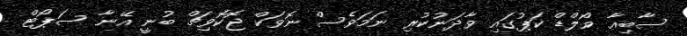
ސާބިއާ ވޯލްޑް ކަޕުގައި ވާދަނުކުރި ނަމަވެސް ނޮވަކް ޖޮކޮވިޗް ބުނީ އޭނާ ސަޕޯޓް